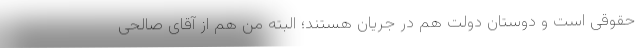
حقوقی است و دوستان دولت هم در جریان هستند؛ البته من هم از آقای صالحی